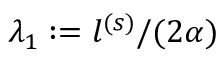
\lambda _ { 1 } : = l ^ { ( s ) } / ( 2 \alpha )